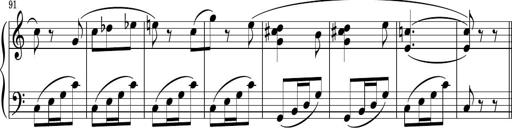
Title: Sonatina PandemÃ³nium
Composer: VÃ­ctor Carbajo
Key: C major